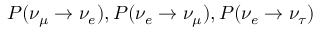
P ( \nu _ { \mu } \rightarrow \nu _ { e } ) , P ( \nu _ { e } \rightarrow \nu _ { \mu } ) , P ( \nu _ { e } \rightarrow \nu _ { \tau } )